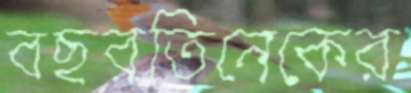
বছরতিনেকের